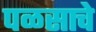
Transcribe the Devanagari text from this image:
पळसाचे